Report of the King Institute of Preventive Medicine, Guindy
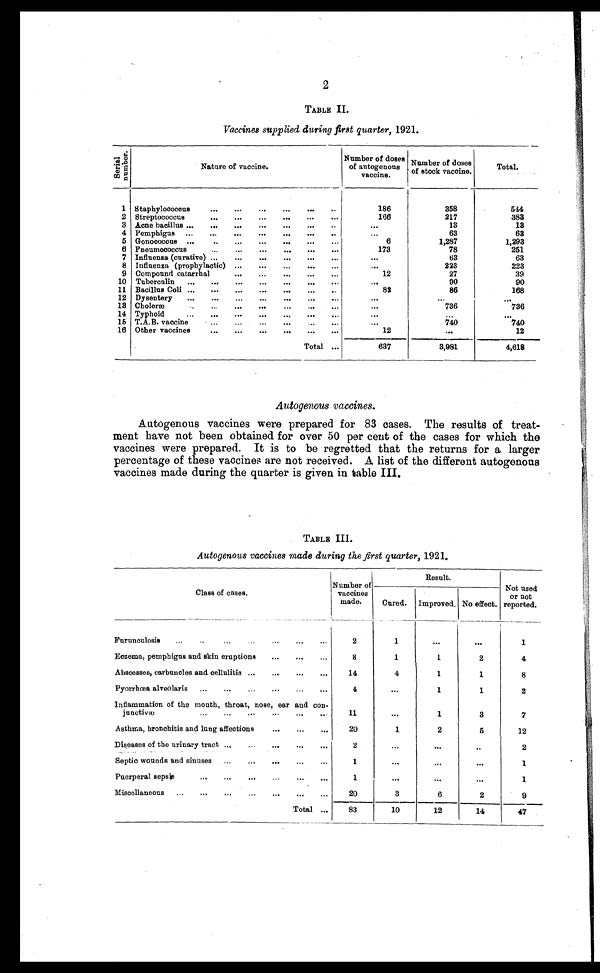
2
TABLE II.
Vaccines supplied during first quarter, 1921.
S e r i a l n u m b e r .
Nature of vaccine.
Number of doses
of autogenous
vaccine.
Number of doses
of stock vaccine.
Total.
1 Staphylococcus
...
...
...
...
...
186
358
544
2 Streptococcus
...
...
...
...
...
166
217
383
3 Acne bacillus ...
...
...
...
...
...
...
13
13
4 Pemphigus ...
...
...
...
...
...
..
...
63
63
5 Gonococcus ...
...
...
...
6
1,287
1,293
6 Pneumococcus
...
...
...
...
...
...
173
78
251
7 Influenza (curative) ...
...
...
...
...
...
. . .
63
63
8 Influenza (prophylactic) ...
...
...
...
...
223
223
9 Compound catarrhal
...
...
...
...
12
27
39
10 Tuberculin ...
...
...
...
...
...
...
...
90
90
11 Bacillus Coli ... ... ... ... ... ... . .
82
86
168
12 Dysentery
...
...
...
...
...
...
...
. . .
. . .
...
13 Choleræ
..
...
...
...
...
. . .
736
736
14 Typhoid
...
...
...
...
...
..
...
. .
...
. . .
15 T.A.B. vaccine
...
...
...
..
...
...
740
740
16 Other vaccines
...
...
...
...
...
...
12
...
12
Total ...
637
3,981
4,618
Autogenous vaccines .
Autogenous vaccines were prepared for 83 cases. The results of treat-
-ment have not been obtained for over 50 per cent of the cases for which the
vaccines were prepared. It is to be regretted that the returns for a larger
percentage of these vaccines are not received. A list of the different autogenous
vaccines made during the quarter is given in table III.
TABLE III.
Autogenous vaccines made during the first quarter , 1921.
Class of cases.
Number of
vaccines
made.
Result.
Not used
or not
reported.
Cured. Improved. No effect.
Furunculosis
...
...
2
1
. . .
. . .
1
Eczema, pemphigus and skin eruptions
...
...
...
8
1
1
2
4
Abscesses, carbuncles and cellulitis...
....
...
14
4
1
1
8
Pyorrhœa alveolaris ......
...
. . .
4
1
1
2
Inflammation of the mouth, throat, nose, ear and con-
junctivæ
...
...
...
...
..
11
...
1
3
7
Asthma, bronchitis and lung affections
...
...
...
20
1
2
5
12
Diseases of the urinary tract ...
...
...
...
2
...
. . .
..
2
Septic wounds and sinuses ...
...
...
...
..
1
...
...
1
Puerperal sepsis
...
...
...
. . .
1
...
. . .
. . .
1
Miscellaneous ...
...
...
...
...
20
3
6
2
9
Total ...
83
10
12
14
47